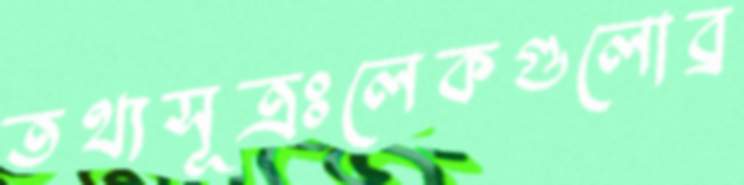
তথ্যসূত্রঃলেকগুলোব্র